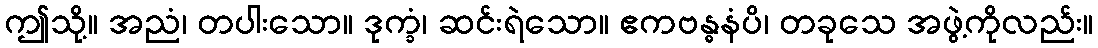
ဤသို့။ အညံ၊ တပါးသော။ ဒုက္ခံ၊ ဆင်းရဲသော။ ဧကဗန္ဓနံပိ၊ တခုသေ အဖွဲ့ကိုလည်း။